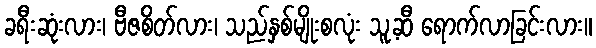
ခရီးဆုံးလား၊ ဗီဇစိတ်လား၊ သည်နှစ်မျိုးစလုံး သူ့ဆီ ရောက်လာခြင်းလား။